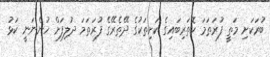
ބުރަކަށި މަތީ ފުރަތަމަ ކޮތަރިބައިގެ ކަށިތަކުގެ ދޭތެރޭގެ ފުރަތަމަ ދުލިފަށް ހުންނަނީ ކަޅު